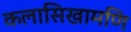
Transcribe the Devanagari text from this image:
कलासिखामणि